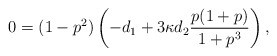
\begin{align*} 0=(1-p^2)\left(-d_1+3\kappa d_2\frac{p(1+p)}{1+p^3}\right),\end{align*}